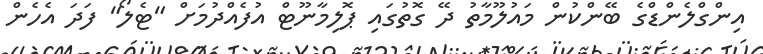
އިންގްލެންޑްގެ ބޭންކުން މައުލޫމާތު ދޭ ގޮތުގައި ޕޮލިމާނޫޓް އުފެއްދުމަށް "ޓެލޯ" ފަދަ އެހެން